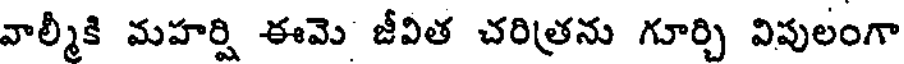
వాల్మీకి మహర్షి ఈమె జీవిత చరిత్రను గూర్చి విపులంగా